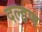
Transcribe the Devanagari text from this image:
दल्हण